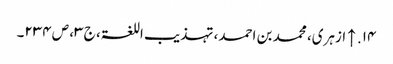
۱۴. ↑ ازہری، محمد بن احمد، تہذیب اللغۃ، ج ۳، ص ۲۳۴۔